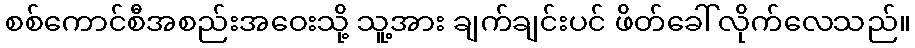
စစ်ကောင်စီအစည်းအဝေးသို့ သူ့အား ချက်ချင်းပင် ဖိတ်ခေါ်လိုက်လေသည်။